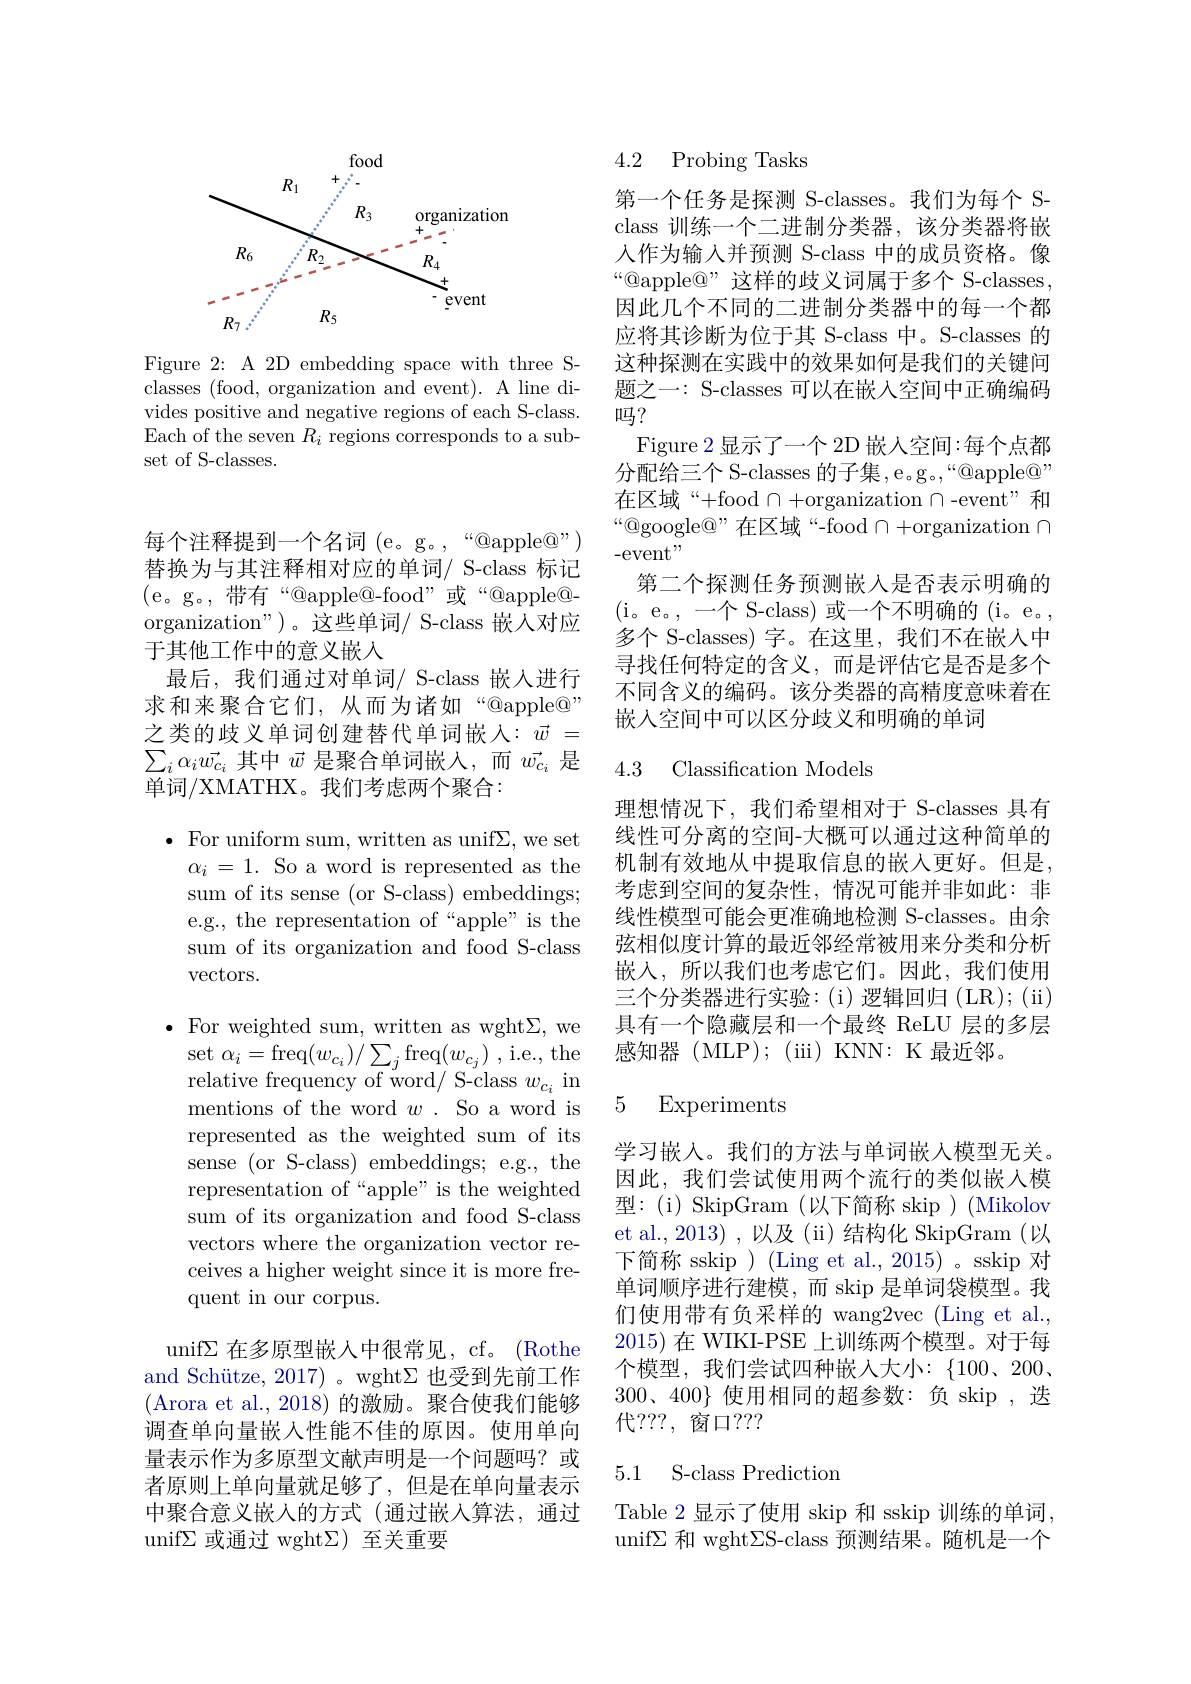
<FigureHere>

Figure 2: A 2D embedding space with three Sclasses (food, organization and event). A line divides positive and negative regions of each S-class. Each of the seven $R_i$ regions corresponds to a subset of S-classes.

每个注释提到一个名词 (e。g。,“@apple@”) 替换为与其注释相对应的单词/ S-class 标记(e。g。,带有“@apple@-food”或“@apple@- organization")。这些单词/ S-class 嵌人对应于其他工作中的意义嵌入
最后，我们通过对单词/ S-class 嵌人进行求和来聚合它们，从而为诸如“@apple@” 之类的歧义单词创建替代单词嵌入：$\vec{w}=$ $\sum_i\alpha_i\vec{w_{c_i}}$其中$\vec{w}$是聚合单词嵌人，而$\vec{w_{c_i}}$是单词/XMATHX。我们考虑两个聚合：

$\bullet$ For uniform sum, written as unif$\Sigma$,we set $\alpha_{i}=1.$ So a word is represented as the sum of its sense (or S-class) embeddings; e.g., the representation of“apple”is the sum of its organization and food S-class $\operatorname{vectors.}$

$\bullet$ For weighted sum, written as wght$\Sigma$,we $\operatorname* { set} \alpha _{i}= \operatorname* { freq} ( w_{c_{i}}) / \sum _{c}{j}\operatorname* { freq} ( w_{c_{j}})$ ,i.e.,the relative frequency of word/ S-class $w_{c_i}$ in mentions of the word $w.$ So a word is represented as the weighted sum of its sense (or S-class) embeddings; e.g., the representation of“apple”is the weighted sum of its organization and food S-class vectors where the organization vector receives a higher weight since it is more frequent in our corpus.

unif$\Sigma$在多原型嵌入中很常见，cf。(Rothe and Schütze, 2017) 。wght$\Sigma$也受到先前工作(Arora et al., 2018)的激励。聚合使我们能够调查单向量嵌入性能不佳的原因。使用单向量表示作为多原型文献声明是一个问题吗？或者原则上单向量就足够了，但是在单向量表示中聚合意义嵌人的方式(通过嵌入算法，通过unif$\Sigma$或通过 wght$\Sigma)$至关重要

4.2 Probing Tasks

第一个任务是探测 S-classes。我们为每个 Sclass 训练一个二进制分类器，该分类器将嵌人作为输入并预测 S-class 中的成员资格。像“@apple@”这样的歧义词属于多个 S-classes, 因此几个不同的二进制分类器中的每一个都应将其诊断为位于其 S-class 中。S-classes 的这种探测在实践中的效果如何是我们的关键问题之一：S-classes 可以在嵌人空间中正确编码吗？
Figure 2显示了一个 2D 嵌人空间：每个点都分配给三个 S-classes 的子集 , e .g 。“@apple@” 在区域“+food $\cap+$organization $\cap$-event”和“@google@”在区域“-food $\cap+$organization $\cap$ -event"
第二个探测任务预测嵌入是否表示明确的( i。e。, - 个 S- class) 或 一 个 不 明 确 的 ( i。e。, 多个 S-classes) 字。在这里，我们不在嵌人中寻找任何特定的含义，而是评估它是否是多个不同含义的编码。该分类器的高精度意味着在嵌入空间中可以区分歧义和明确的单词

4.3 Classification Models

理想情况下，我们希望相对于 S-classes 具有线性可分离的空间-大概可以通过这种简单的机制有效地从中提取信息的嵌入更好。但是， 考虑到空间的复杂性，情况可能并非如此：非线性模型可能会更准确地检测 S-classes。由余弦相似度计算的最近邻经常被用来分类和分析嵌入，所以我们也考虑它们。因此，我们使用三个分类器进行实验：(i)逻辑回归(LR);(ii) 具有一个隐藏层和一个最终 ReLU 层的多层感知器(MLP);(iii)KN:K最近邻。

## 5 Experiments

学习嵌入。我们的方法与单词嵌入模型无关。因此，我们尝试使用两个流行的类似嵌入模${\text{型：(i)SkipGram(以下简称 skip)(Mikolov}}$ et al., 2013) , 以及 (ii) 结构化 SkipGram (以下简称 sskip ) (Ling et al., 2015) 。sskip 对单词顺序进行建模，而 skip 是单词袋模型。我们使用带有负采样的 wang2vec (Ling et al., 2015)在 WIKI-PSE 上训练两个模型。对于每个模型，我们尝试四种嵌入大小：$\{100、200、$ $300、400\}$使用相同的超参数：负 skip ,迭代？??,窗口？??

### 5.1 S-class Prediction

Table 2 显示了使用 skip 和 sskip 训练的单词， unif$\Sigma$和 wght$\Sigma$S-class 预测结果。随机是一个